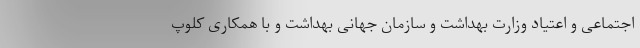
اجتماعی و اعتیاد وزارت بهداشت و سازمان جهانی بهداشت و با همکاری کلوپ